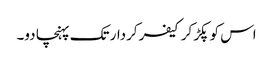
اس کو پکڑ کر کیفر کردار تک پہنچا دو۔